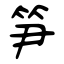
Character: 笋